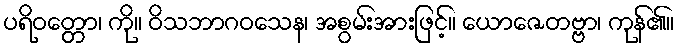
ပရိဝတ္တော၊ ကို။ ဝိသဘာဂဝသေန၊ အစွမ်းအားဖြင့်။ ယောဇေတဗ္ဗာ၊ ကုန်၏။